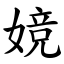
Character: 㜔